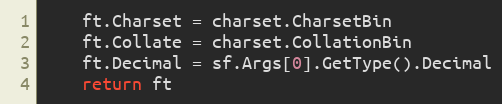
Language: Go
	ft.Charset = charset.CharsetBin
	ft.Collate = charset.CollationBin
	ft.Decimal = sf.Args[0].GetType().Decimal
	return ft